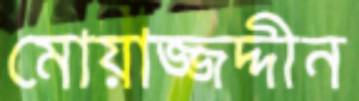
মোয়াজ্জদ্দীন